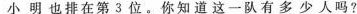
小明也排在第3位。你知道这一队有多少人吗？